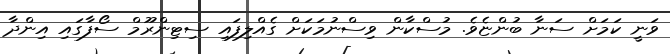
ވަނީ ކަމަށް ސަނާ ބުންޏެވެ. މުސްކާން ވިސްނުމަކަށް ގެއްލިފައި ސިޓިންރޫމް ސޯފާގައި އިންދާ